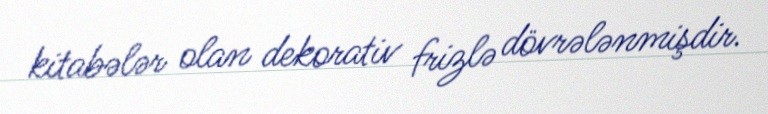
kitabələr olan dekorativ frizlə dövrələnmişdir.